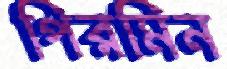
পিরমিন